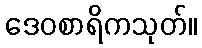
ဒေဝစာရိကသုတ်။